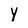
Character: Y